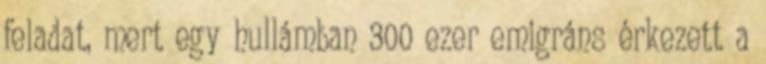
feladat, mert egy hullámban 300 ezer emigráns érkezett a